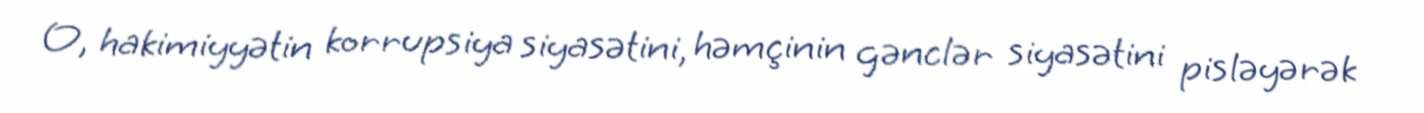
O, hakimiyyətin korrupsiya siyasətini, həmçinin gənclər siyasətini pisləyərək